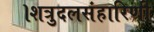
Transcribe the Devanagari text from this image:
।शत्रुदलसंहारिणी